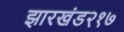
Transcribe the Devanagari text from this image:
झारखंड२१७